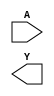
// This program was cloned from: https://github.com/efabless/clear
// License: Apache License 2.0

//Generated from netlist by SpyDrNet
//netlist name: FPGA88_SOFA_A
module sky130_fd_sc_hd__inv_1
(
    A,
    Y
);

    input A;
    output Y;

    wire A;
    wire Y;

endmodule